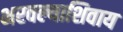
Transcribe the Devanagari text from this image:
भरवल्याशिवाय